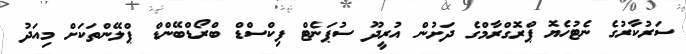
ސަރުކާރުގެ ނެޓުހެޔޮ ޕްރޮގްރާމްގެ ދަށުން އުރީދޫ ސުޕަނެޓް ފިކްސްޑް ބްރޯޑްބޭންޑް ޕްލޭންތަކަށް މިއަދު